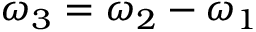
\omega _ { 3 } = \omega _ { 2 } - \omega _ { 1 }